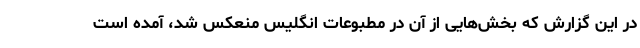
در این گزارش که بخش‌هایی از آن در مطبوعات انگلیس منعکس ‌شد، آمده است